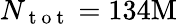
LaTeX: N_{\mathrm{~t~o~t~}}=134\mathrm{M}